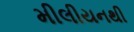
મીલીયનથી